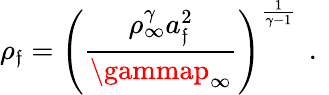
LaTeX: {\rho_{\mathfrak{f}}=\left(\frac{{\rho_{\infty}^{\gamma}a_{\mathfrak{f}}^{2}}}{{\gammap_{\infty}}}\right)^{\frac{{1}}{{\gamma-1}}}\, \mathrm{{~.~}}}